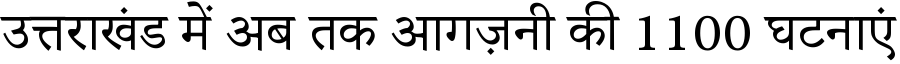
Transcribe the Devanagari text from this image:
उत्तराखंड में अब तक आगज़नी की 1100 घटनाएं